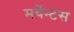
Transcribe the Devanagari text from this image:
मर्चेन्टस